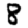
Digit: 8